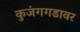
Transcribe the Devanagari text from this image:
कुजंगगडावर